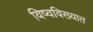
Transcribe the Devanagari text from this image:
विष्वविख्यात